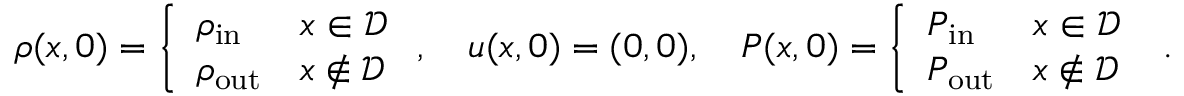
\begin{array} { r } { \rho ( x , 0 ) = \left\{ \begin{array} { l l } { \rho _ { \mathrm { i n } } } & { x \in \mathcal { D } } \\ { \rho _ { \mathrm { o u t } } } & { x \notin \mathcal { D } } \end{array} \right. , \quad u ( x , 0 ) = ( 0 , 0 ) , \quad P ( x , 0 ) = \left\{ \begin{array} { l l } { P _ { \mathrm { i n } } } & { x \in \mathcal { D } } \\ { P _ { \mathrm { o u t } } } & { x \notin \mathcal { D } } \end{array} \right. \mathrm { ~ . } } \end{array}